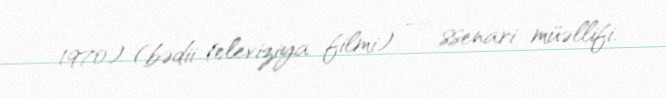
1970) (bədii televiziya filmi) — ssenari müəllifi.